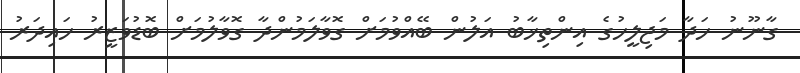
ގާނޫނު ހަދާ މަޖިލީހުގެ އިންތިޚާބު އަލުން ބޭއްވުމަށް ގޮވާލަމުންދާ ގޮވާލުމަށް ބޮޑުވަޒީރު ހައިދަރު